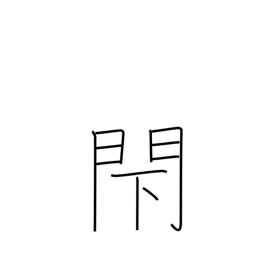
Meaning: block up